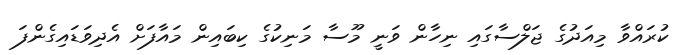
ކުރައްވާ މިއަދުގެ ޖަލްސާގައި ނިހާން ވަނީ މޫސާ މަނިކުގެ ކިބައިން މައާފަށް އެދިވަޑައިގެންފަ